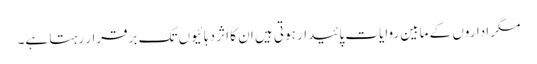
مگر اداروں کے مابین روایات پائیدار ہوتی ہیں ان کا اثر دہائیوں تک برقرار رہتا ہے۔